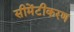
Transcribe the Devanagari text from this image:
सीमेंटीकरण